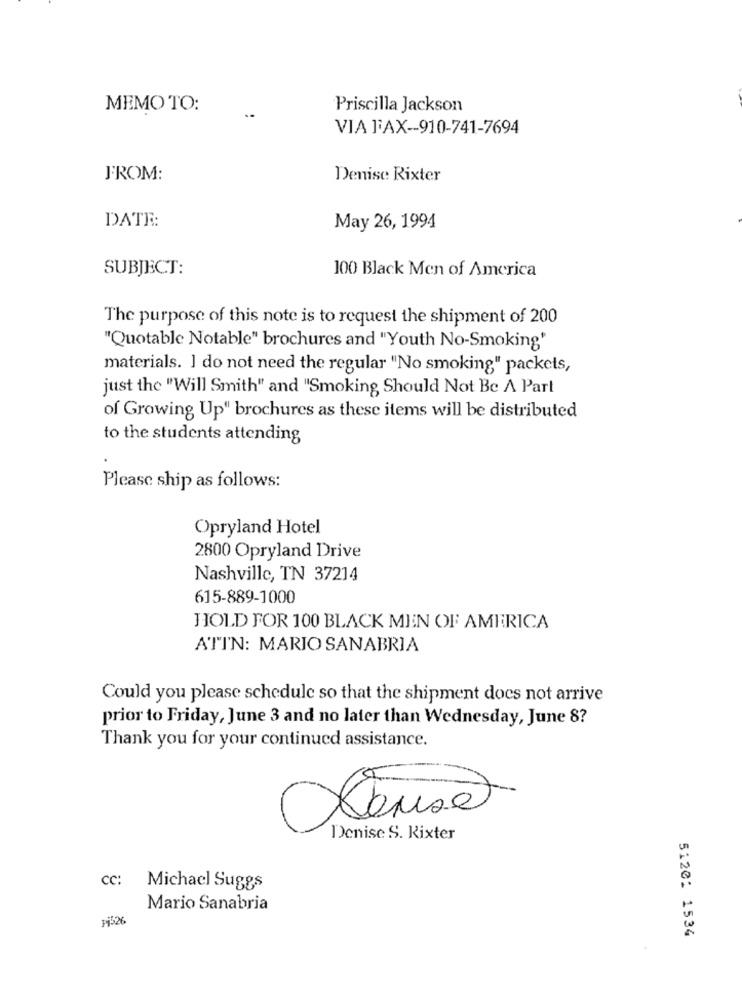
Priscilla Jackson
MEMO TO:
VIA FAX -- 910-741-7694
FROM:
Denise Rixter
DATE:
May 26, 1994
SUBJECT:
100 Black Men of America
The purpose of this note is to request the shipment of 200
"Quotable Notable" brochures and "Youth No-Smoking'
materials. I do not need the regular "No smoking" packets,
just the "Will Smith" and "Smoking Should Not Be A Part
of Growing Up" brochures as these items will be distributed
to the students attending
Please ship as follows:
Opryland Hotel
2800 Opryland Drive
Nashville, TN 37214
615-889-1000
HOLD FOR 100 BLACK MEN OF AMERICA
ATI'N: MARIO SANABRIA
Could you please schedule so that the shipment does not arrive
prior to Friday, June 3 and no later than Wednesday, June 8?
Thank you for your continued assistance.
0
Denise S. Kixter
cc: Michael Suggs
Mario Sanabria
1526
51201 1534